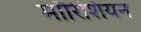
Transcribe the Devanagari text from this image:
मॉरिशियन